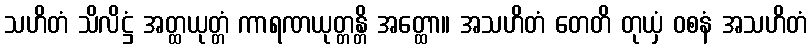
သဟိတံ သိလိဋ္ဌံ အတ္ထယုတ္တံ ကာရဏယုတ္တန္တိ အတ္ထော။ အသဟိတံ တေတိ တုယှံ ဝစနံ အသဟိတံ